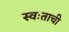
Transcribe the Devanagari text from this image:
स्वःताची